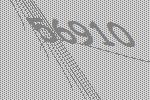
56910